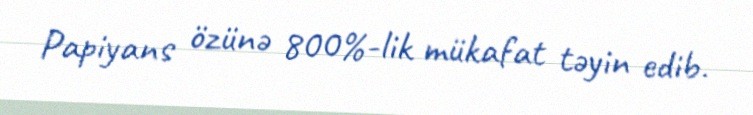
Papiyans özünə 800%-lik mükafat təyin edib.